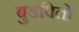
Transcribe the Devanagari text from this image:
बुडवितो